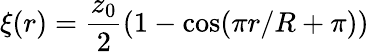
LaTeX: \xi(r)=\frac{z_{0}}{2}(1-\cos(\pi r/R+\pi))